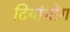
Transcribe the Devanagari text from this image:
टियांगोंग